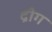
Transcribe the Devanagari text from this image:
द्रीग